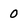
Character: 0